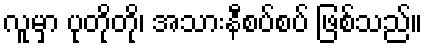
လူမှာ ပုတိုတို၊ အသားနီစပ်စပ် ဖြစ်သည်။